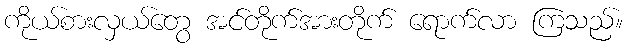
ကိုယ်စားလှယ်တွေ အင်တိုက်အားတိုက် ရောက်လာ ကြသည်။